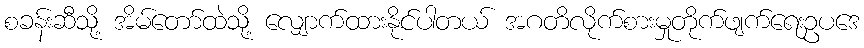
စခန်းဆီသို့ အိမ်တော်ထဲသို့ လျှောက်ထားနိုင်ပါတယ် အဂတိလိုက်စားမှုတိုက်ဖျက်ရေးဥပဒေ